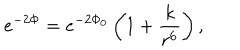
LaTeX: e ^ { - 2 \Phi } = e ^ { - 2 \Phi _ { 0 } } \left( 1 + \frac { k } { r ^ { 6 } } \right) ,